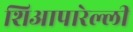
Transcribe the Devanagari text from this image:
शिआपारेल्ली